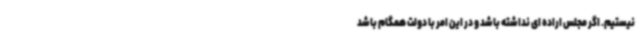
نیستیم. اگر مجلس اراده ای نداشته باشد و در این امر با دولت همگام باشد